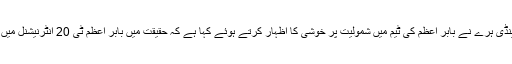
سمرسیٹ کے ڈائریکٹر کرکٹ اینڈی ہرے نے بابر اعظم کی ٹیم میں شمولیت پر خوشی کا اظہار کرتے ہوئے کہا ہے کہ حقیقت میں بابر اعظم ٹی 20 انٹرنیشنل میں دنیا کے سرفہرست بیٹسمین ہیں۔